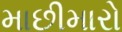
માછીમારો